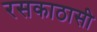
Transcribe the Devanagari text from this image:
रसकाठासी